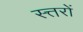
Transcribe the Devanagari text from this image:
स्त्तरों